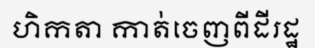
ហិកតា កាត់ចេញពីដីរដ្ឋ